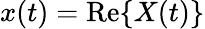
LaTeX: x(t)=\operatorname{Re}\{ X(t)\}